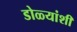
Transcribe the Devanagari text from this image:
डोळ्यांशी